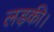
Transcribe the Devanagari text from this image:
लड़की।